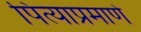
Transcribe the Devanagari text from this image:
पित्याप्रमाणे